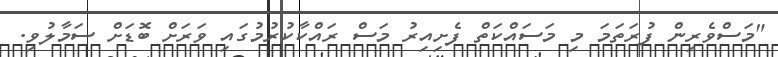
"މަސްވެރިން ފުރަތަމަ މި މަސައްކަތް ފެށިއިރު މަސް ރައްކާކުރުމުގައި ވަރަށް ބޮޑަށް ސަމާލުވި.